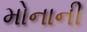
મોનાની